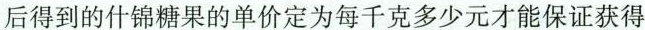
后得到的什锦糖果的单价定位每千克多少元才能保证获得